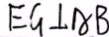
E G \bot A B